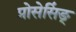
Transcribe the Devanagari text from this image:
प्रोसेसिंङ्